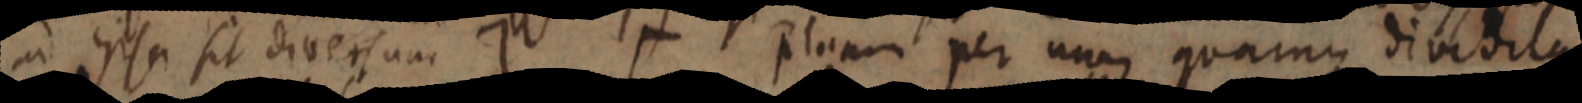
ad ipsa sit diversum ] [ plano per non quamus dividitur